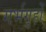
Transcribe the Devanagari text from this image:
गर्भगृहों